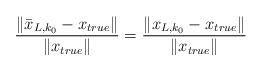
LaTeX: \begin{align*}\frac{\|\bar{x}_{L,k_0}-x_{true}\|}{\|x_{true}\|}=\frac{\|x_{L,k_0}-x_{true}\|}{\|x_{true}\|}\end{align*}